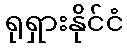
ရုရှားနိုင်ငံ